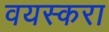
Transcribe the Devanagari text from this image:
वयस्करा